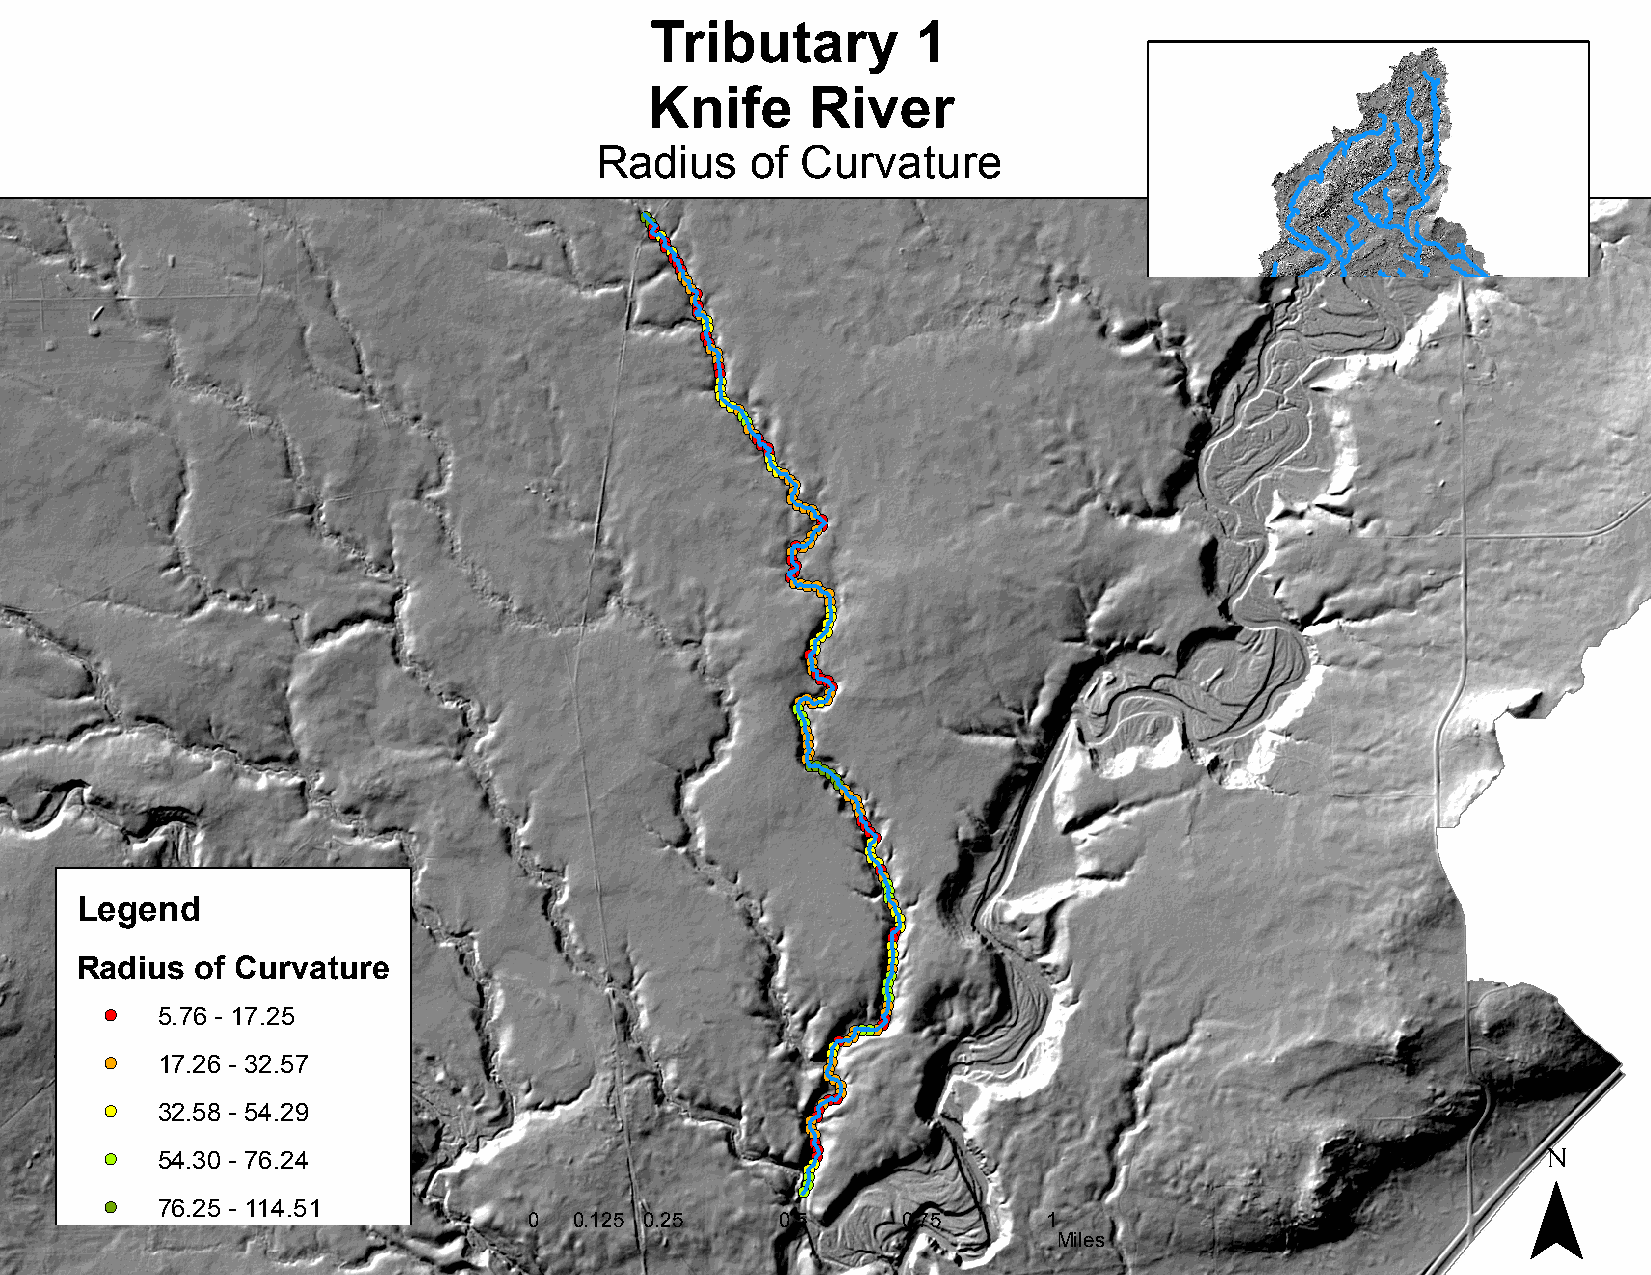
Tributary         1
 Knife      River
 Radius     of Curvature
 !(!(!(!(!(!(!(!(!(!(
 !(!(!(
 !( !(!(
 !(!(
 !(!(
 !(
 !(
 !(
 !(!(
 !(
 !(
 !(
 !(
 !(
 !(!(!(!(!(
 !(
 !(!(!(!(!(!(
 !(
 !(!(!(!(!(
 !(
 !(
 !(!( !(!(!(
 !(!(!(
 !(!(!(!(
 !(!(
 !(!(
 !(!(!(!(!(!(
 !(
 !(
 !(
 !(
 !(!(
 !(
 !(!(
 !(
 !(!(!(!(!(
 !(!(!(!(!(!(
 !(
 !(
 !(
 !(
 !(
 !(
 !(
 !(
 !(!(!(!(!(!(!(
 !(!(
 !(
 !(
 !(!(!(
 !(!(
 !(
 !(!(
 !(
 !(
 !(
 !(
 Legend
 !(!(
 !(
 !(
 !(!(!(
 !(
 !(
 !(
 Radius  of Curvature                                  !(
 !(
 !(
 !(
 !(
 !(
 !( 5.76 - 17.25                                 !(!(!(!(!(!(!(!(!(!(!(
 !(
 !( 17.26 - 32.57                               !(!(
 !(!(!(
 !(!(!(!(
 !( 32.58 - 54.29                              !(!(!(!(
 ¯
 !(
 !(
 !(
 !( 54.30 - 76.24                              !(!(!(
 !(
 !(
 !(
 !( 76.25 - 114.51
 0  0.125 0.25    0.5     0.75     1
 Miles